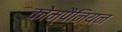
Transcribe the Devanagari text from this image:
कोम्पैनियन